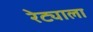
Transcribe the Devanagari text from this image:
रेट्याला